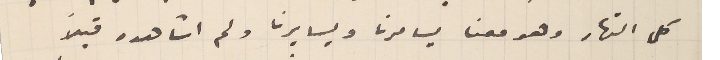
كل النهار وهو معنا يسامرنا ويسايرنا ولم اشاهده قبلاً